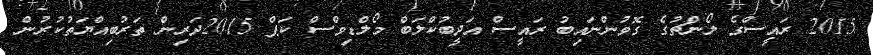
2015 ރައީސްގެ ލޯންޗުގެ ގޮވުންނައިބު ރައީސް އަދީބުކްލަބް މޯލްޑިވްސް ކަޕް 2015ދަރިން ތަރުބިއްޔަތުކުރުން